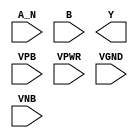
/**
 * Copyright 2020 The SkyWater PDK Authors
 *
 * Licensed under the Apache License, Version 2.0 (the "License");
 * you may not use this file except in compliance with the License.
 * You may obtain a copy of the License at
 *
 *     https://www.apache.org/licenses/LICENSE-2.0
 *
 * Unless required by applicable law or agreed to in writing, software
 * distributed under the License is distributed on an "AS IS" BASIS,
 * WITHOUT WARRANTIES OR CONDITIONS OF ANY KIND, either express or implied.
 * See the License for the specific language governing permissions and
 * limitations under the License.
 *
 * SPDX-License-Identifier: Apache-2.0
 */

`ifndef SKY130_FD_SC_HDLL__NAND2B_PP_SYMBOL_V
`define SKY130_FD_SC_HDLL__NAND2B_PP_SYMBOL_V

/**
 * nand2b: 2-input NAND, first input inverted.
 *
 * Verilog stub (with power pins) for graphical symbol definition
 * generation.
 *
 * WARNING: This file is autogenerated, do not modify directly!
 */

`timescale 1ns / 1ps
`default_nettype none

(* blackbox *)
module sky130_fd_sc_hdll__nand2b (
    //# {{data|Data Signals}}
    input  A_N ,
    input  B   ,
    output Y   ,

    //# {{power|Power}}
    input  VPB ,
    input  VPWR,
    input  VGND,
    input  VNB
);
endmodule

`default_nettype wire
`endif  // SKY130_FD_SC_HDLL__NAND2B_PP_SYMBOL_V